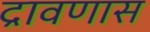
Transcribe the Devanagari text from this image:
द्रावणास